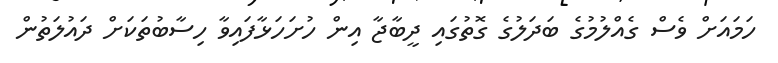
ހަމައަށް ވެސް ގެއްލުމުގެ ބަދަލުގެ ގޮތުގައި ދީބާޖާ އިން ހުށަހަޅާފައިވާ ހިސާބުތަކަށް ދައުލަތުން